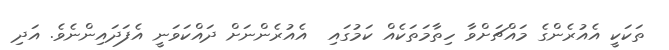
ތަކަކީ އެއުރެންގެ މައްޗަށްވާ ހިތާމަތަކެއް ކަމުގައި  އެއުރެންނަށް ދައްކަވަނީ އެފަދައިންނެވެ. އަދި